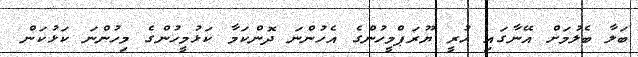
ބަލާ ބެލުމަށް އޭނާގައި ހުރީ ޔޫރަޕްމީހުންގެ އެހުންނަ ދޮންކަމާ ކަޅުމީހުންގެ މިހުންނަ ކަޅުކަން